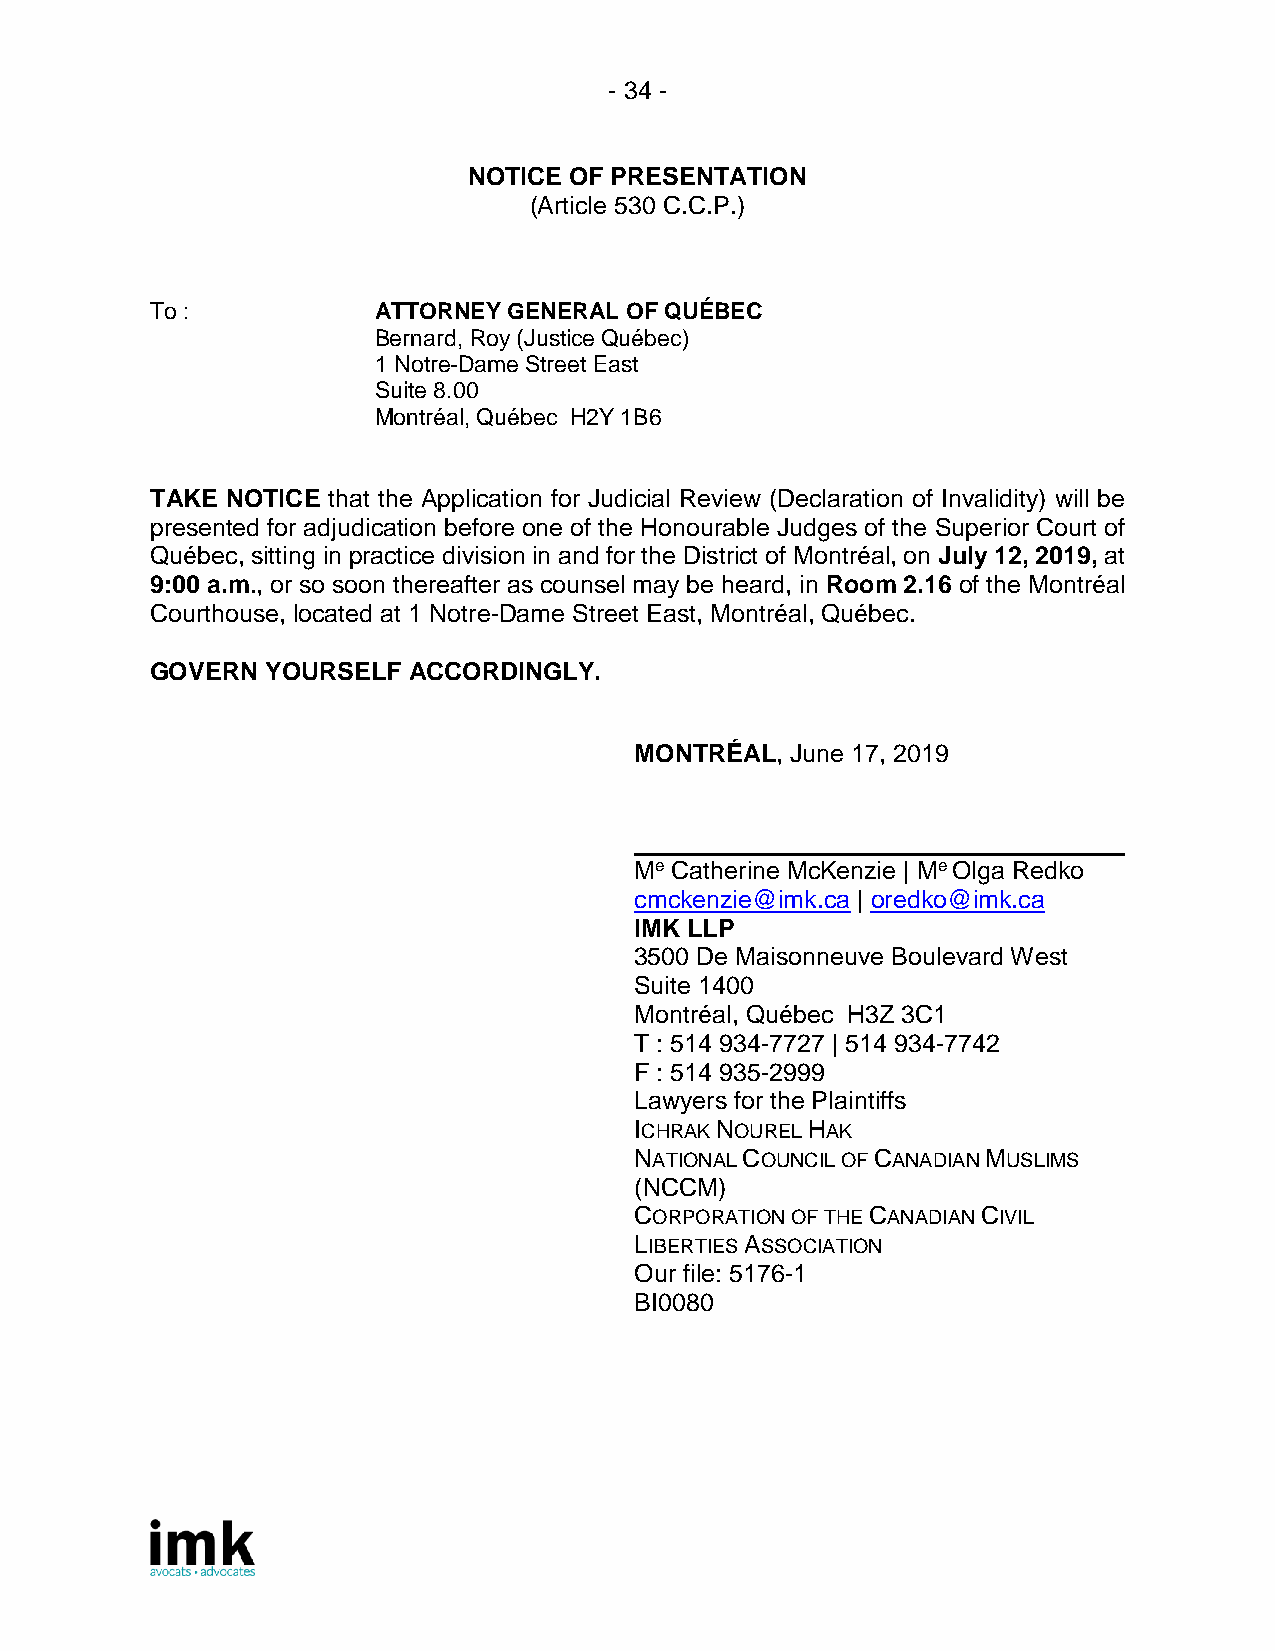
- 34 -
 NOTICE OF PRESENTATION
 (Article 530 C.C.P.)
 To :           ATTORNEY GENERAL OF QUÉBEC
 Bernard, Roy (Justice Québec)
 1 Notre-Dame Street East
 Suite 8.00
 Montréal, Québec H2Y 1B6
 TAKE NOTICE that the Application for Judicial Review (Declaration of Invalidity) will be
 presented for adjudication before one of the Honourable Judges of the Superior Court of
 Québec, sitting in practice division in and for the District of Montréal, on July 12, 2019, at
 9:00 a.m., or so soon thereafter as counsel may be heard, in Room 2.16 of the Montréal
 Courthouse, located at 1 Notre-Dame Street East, Montréal, Québec.
 GOVERN  YOURSELF ACCORDINGLY.
 MONTRÉAL, June 17, 2019
 Me Catherine McKenzie | Me Olga Redko
 cmckenzie@imk.ca | oredko@imk.ca
 IMK LLP
 3500 De Maisonneuve Boulevard West
 Suite 1400
 Montréal, Québec H3Z 3C1
 T : 514 934-7727 | 514 934-7742
 F : 514 935-2999
 Lawyers for the Plaintiffs
 ICHRAK NOUREL HAK
 NATIONAL COUNCIL OF CANADIAN MUSLIMS
 (NCCM)
 CORPORATION OF THE CANADIAN CIVIL
 LIBERTIES ASSOCIATION
 Our file: 5176-1
 BI0080